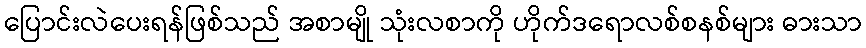
ပြောင်းလဲပေးရန်ဖြစ်သည် အစာမျို သုံးလစာကို ဟိုက်ဒရောလစ်စနစ်များ ဓားသာ